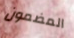
المضمون